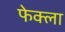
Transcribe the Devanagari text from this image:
फेक्ला